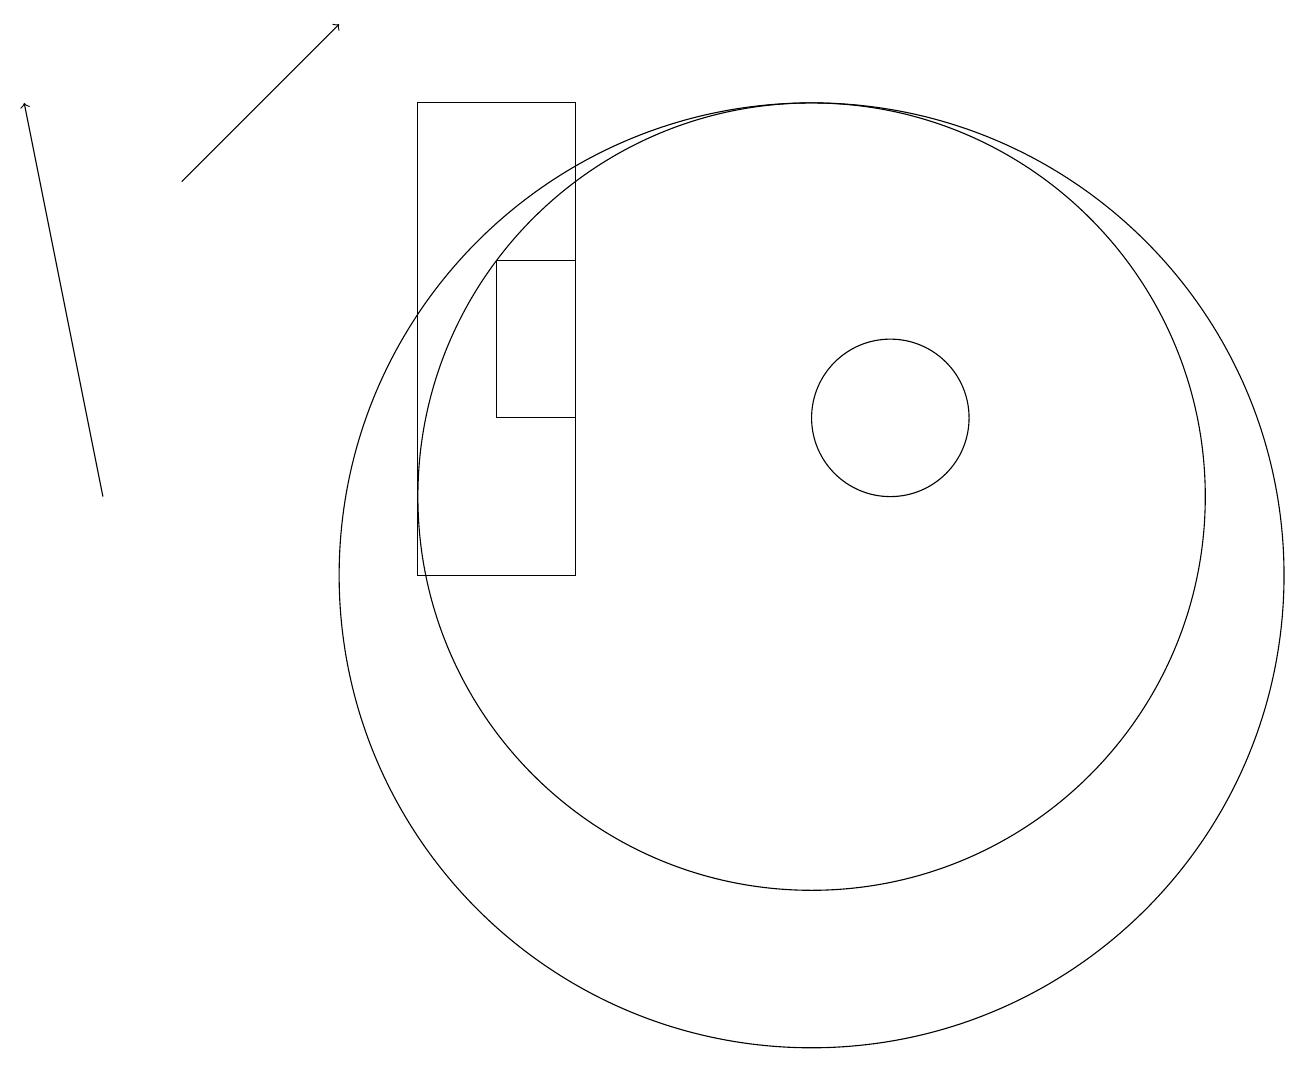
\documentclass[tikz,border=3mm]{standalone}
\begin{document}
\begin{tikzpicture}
\draw (11,11) circle (5);
\draw (7,12) rectangle (8,14);
\draw (11,10) circle (6);
\draw[->] (2,11) -- (1,16);
\draw[->] (3,15) -- (5,17);
\draw (12,12) circle (1);
\draw (8,16) rectangle (6,10);
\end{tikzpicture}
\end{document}